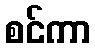
စင်ကာ